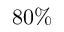
8 0 \%